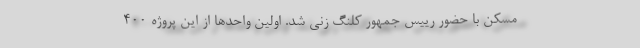
مسکن با حضور رییس جمهور کلنگ زنی شد. اولین واحدها از این پروژه ۴۰۰